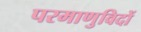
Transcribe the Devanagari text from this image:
परमाणुविदों